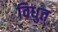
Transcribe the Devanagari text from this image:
विधुत्